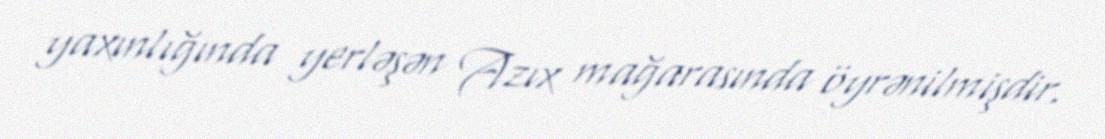
yaxınlığında yerləşən Azıx mağarasında öyrənilmişdir.